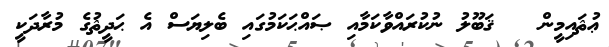
ޢުޘައިމީން   ޤަބޫލު ނުކުރައްވާކަމާއި ޞައްޙަކަމުގައި ބެލިޔަސް އެ ޙަދީޘުގެ މުރާދަކީ